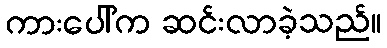
ကားပေါ်က ဆင်းလာခဲ့သည်။